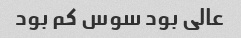
عالی بود سوس کم بود